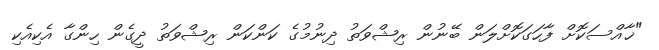
"ޚާއްސަކޮށް ފާހަގަކޮށްލަން ބޭނުން ރިޝްވަތު ދިނުމުގެ ކަންކަން ރިޝްވަތު ދީގެން ހިންގާ އެކިއެކި